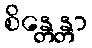
စိန္တေန္တာ